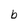
Character: b